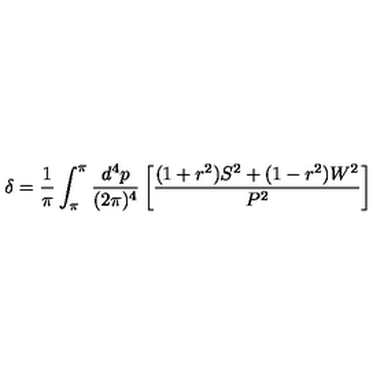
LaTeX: \delta = \frac { 1 } { \pi } \int _ { \pi } ^ { \pi } \frac { d ^ { 4 } p } { ( 2 \pi ) ^ { 4 } } \left[ \frac { ( 1 + r ^ { 2 } ) S ^ { 2 } + ( 1 - r ^ { 2 } ) W ^ { 2 } } { P ^ { 2 } } \right]